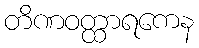
တိဏဝတ္ထာရကေန